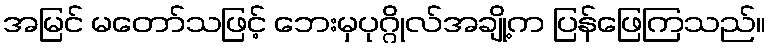
အမြင် မတော်သဖြင့် ဘေးမှပုဂ္ဂိုလ်အချို့က ပြန်ဖြေကြသည်။